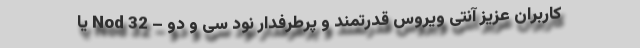
کاربران عزیز آنتی ویروس قدرتمند و پرطرفدار نود سی و دو – Nod 32 یا